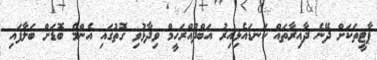
ޕާޓީތަކަށް ދޭނެ ދާއިރާތައް ކަނޑައެޅިއިރު އަބްދުއްރަހީމް ވިދާޅުވި ގޮތުގައި އެންމެ ބޮޑަށް ބަލާފައި